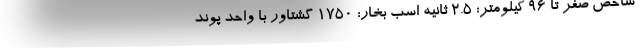
شاخص صفر تا 96 کیلومتر: 2.5 ثانیه اسب بخار: 1750 گشتاور با واحد پوند